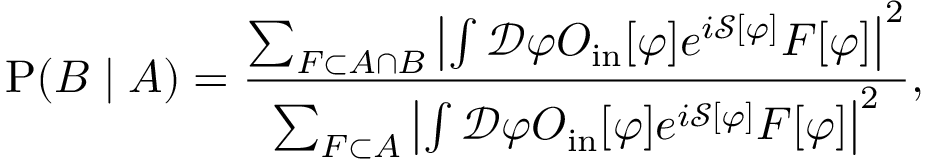
\operatorname { P } ( B \mid A ) = { \frac { \sum _ { F \subset A \cap B } \left| \int { \mathcal { D } } \varphi O _ { \mathrm { i n } } [ \varphi ] e ^ { i { \mathcal { S } } [ \varphi ] } F [ \varphi ] \right| ^ { 2 } } { \sum _ { F \subset A } \left| \int { \mathcal { D } } \varphi O _ { \mathrm { i n } } [ \varphi ] e ^ { i { \mathcal { S } } [ \varphi ] } F [ \varphi ] \right| ^ { 2 } } } ,